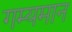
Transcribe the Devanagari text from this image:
गम्यमान